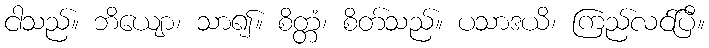
ငါသည်။ ဘိယျော၊ သာ၍။ စိတ္တံ၊ စိတ်သည်။ ပသာဒယိ၊ ကြည်လင်ပြီ။